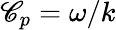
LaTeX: \mathscr{C}_{p}=\omega/k